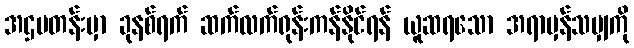
အဌမတန်းမှာ ခုနစ်ရက် ဆက်လက်ရုန်းကန်နိုင်ရန် ယူဆရသော အရာမှန်သမျှကို